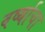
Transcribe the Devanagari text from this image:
वर्ष्याचा